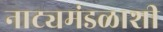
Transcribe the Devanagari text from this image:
नाट्यमंडळाशी